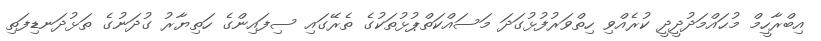
އިބްރާހީމް މުޙައްމަދުދީދީ ކުރެއްވި ހިތްވަރުފުޅުގަދަ މަސައްކަތްޕުޅުތަކުގެ ތެރޭގައި ސިފައިންގެ ހަތިޔާރު ގުދަނުގެ ތަޅުދަނޑިފަތި